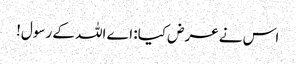
اس نے عرض کیا: اے اللہ کے رسول!